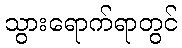
သွားရောက်ရာတွင်